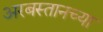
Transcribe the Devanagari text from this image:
अरबस्तानच्या